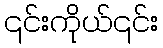
၎င်းကိုယ်၎င်း